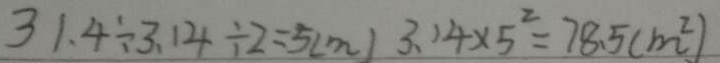
3 1 . 4 \div 3 . 1 4 \div 2 = 5 ( m ) 3 . 1 4 \times 5 ^ { 2 } = 7 8 . 5 ( m ^ { 2 } )